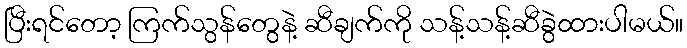
ပြီးရင်တော့ ကြက်သွန်တွေနဲ့ ဆီချက်ကို သန့်သန့်ဆီခွဲထားပါမယ်။